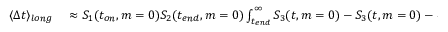
\begin{array} { r l } { \langle \Delta t \rangle _ { l o n g } } & { { } \approx S _ { 1 } ( t _ { o n } , m = 0 ) S _ { 2 } ( t _ { e n d } , m = 0 ) \int _ { t _ { e n d } } ^ { \infty } S _ { 3 } ( t , m = 0 ) - S _ { 3 } ( t , m = 0 ) - \delta \bigg ( \frac { d } { d t } S _ { 3 } ( t , m = 0 ) + b e ^ { \beta t _ { e n d } } S _ { 3 } ( t , m = 0 ) \bigg ) d t } \end{array}